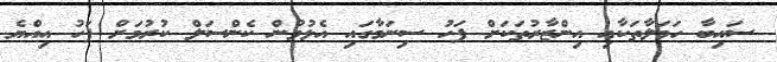
ސައިބާ ހަމަލާތަކާއި އިންޒާރުތަކަށް ފަހު ސިނަމާގައި އެޅުވުން ކެންސަލް ކުރުމަށް ފަހު އިއްޔެ